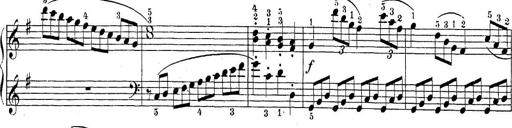
Title: Sonatina Album
Composer: Louis KÃ¶hler